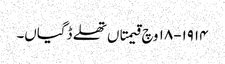
١٩١٤-١٨ وچ قیمتاں تھلے ڈگیاں۔